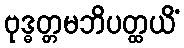
ဗုဒ္ဓတ္တမဘိပတ္ထယိံ